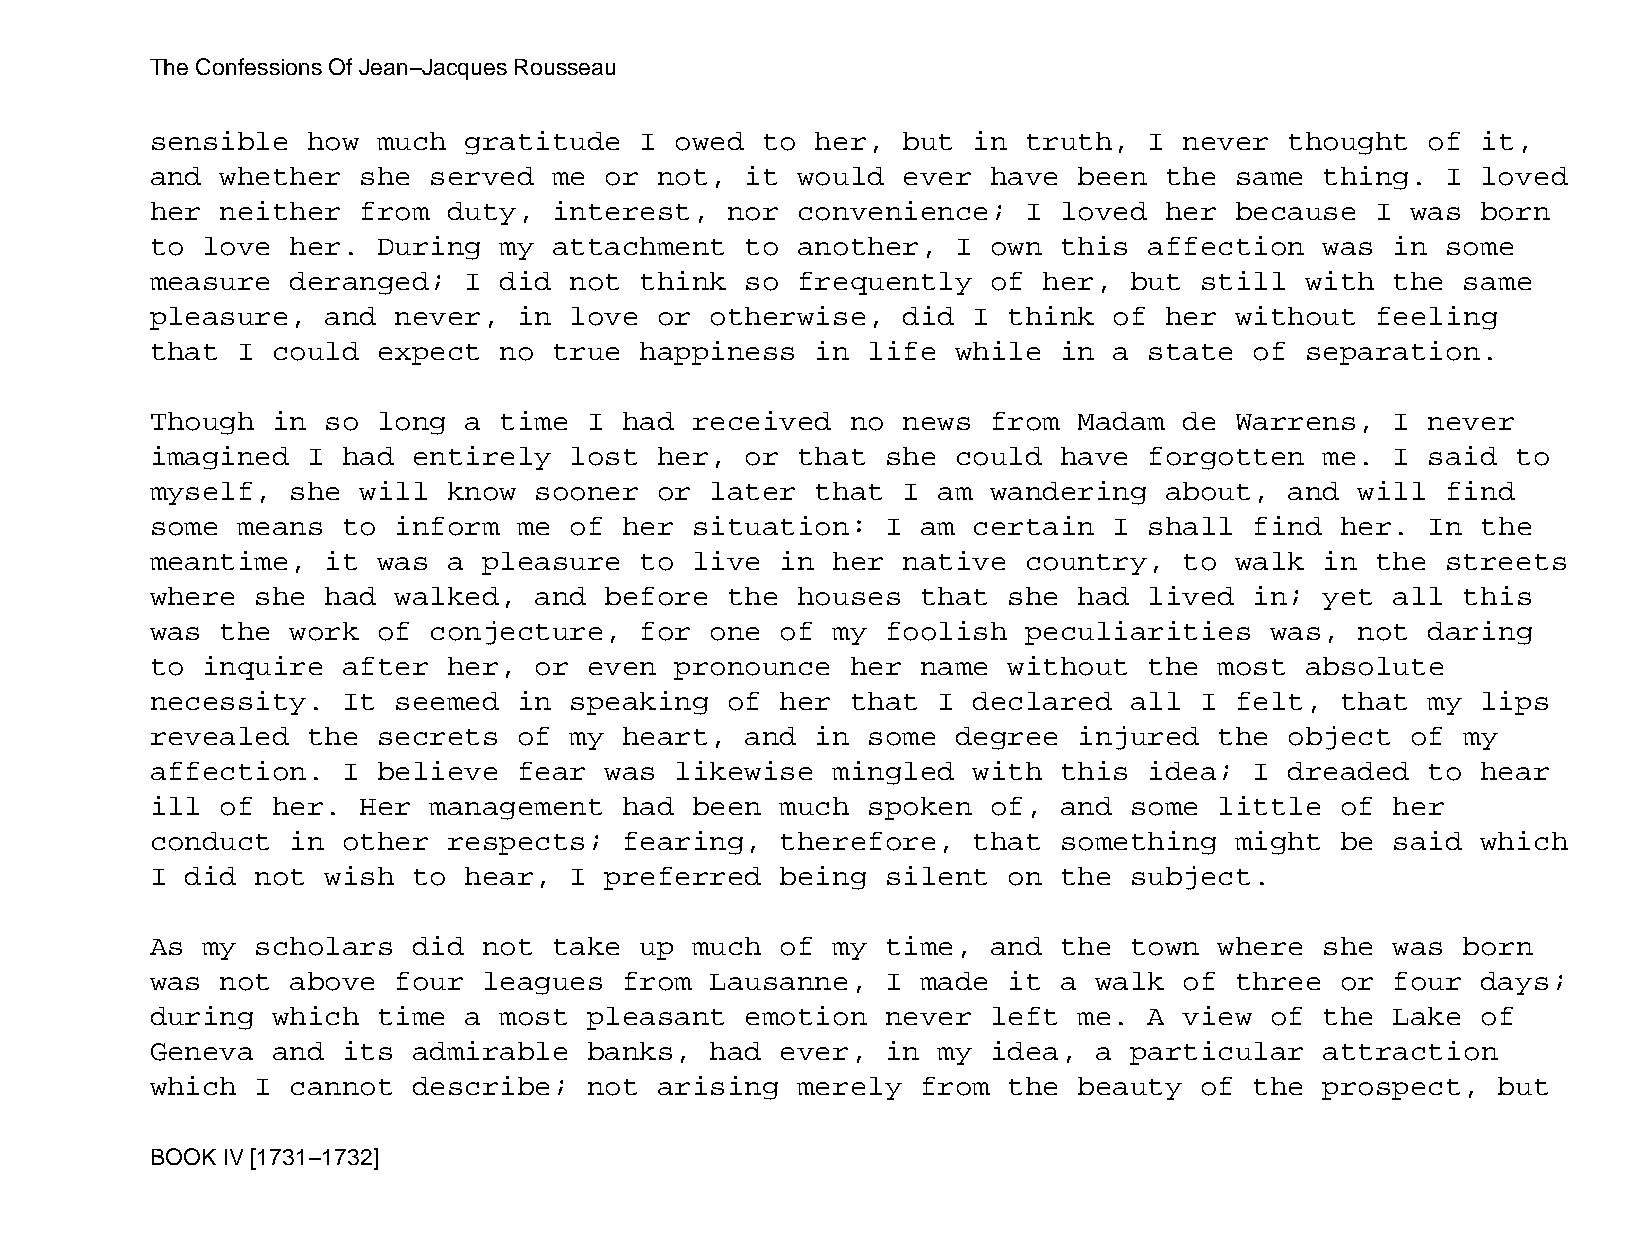
The Confessions Of Jean−Jacques Rousseau
 sensible  how  much  gratitude  I  owed to  her,  but in  truth,  I never  thought   of it,
 and  whether  she served   me or  not, it  would  ever  have been  the  same  thing.  I loved
 her  neither  from  duty,  interest,  nor  convenience;   I loved  her  because  I was  born
 to love  her.  During  my  attachment  to  another,  I  own this  affection   was in  some
 measure  deranged;   I did  not think  so  frequently   of her,  but still  with  the  same
 pleasure,   and never,  in  love  or otherwise,   did I  think  of her  without  feeling
 that  I could  expect  no  true happiness   in life  while  in  a state  of separation.
 Though  in  so long  a time  I had  received  no  news  from Madam  de  Warrens,  I  never
 imagined  I  had entirely   lost  her, or  that  she could  have  forgotten   me. I  said to
 myself,  she  will  know sooner   or later  that  I am  wandering  about,  and  will  find
 some  means  to inform  me  of her  situation:   I am certain   I shall  find  her.  In the
 meantime,   it was  a pleasure  to  live  in her  native  country,  to  walk  in the  streets
 where  she  had walked,  and  before  the  houses  that  she had  lived  in;  yet all  this
 was  the work  of conjecture,   for  one  of my  foolish  peculiarities   was,  not  daring
 to inquire   after  her, or  even  pronounce  her  name  without  the  most absolute
 necessity.   It seemed  in  speaking  of  her that  I declared   all I  felt,  that  my lips
 revealed  the  secrets  of  my heart,  and  in some  degree  injured   the object  of  my
 affection.   I believe  fear  was  likewise  mingled  with  this  idea;  I dreaded   to hear
 ill  of her.  Her management   had  been  much spoken   of, and  some  little  of her
 conduct  in  other  respects;  fearing,   therefore,  that  something   might  be said  which
 I did  not  wish to  hear,  I preferred   being  silent  on the  subject.
 As my  scholars  did  not  take up  much  of my  time,  and the  town  where  she was  born
 was  not above  four  leagues  from  Lausanne,   I made  it a walk  of  three  or four  days;
 during  which  time  a most  pleasant  emotion   never  left me.  A view  of  the Lake  of
 Geneva  and  its admirable   banks,  had  ever,  in my  idea, a  particular   attraction
 which  I cannot  describe;   not  arising  merely  from  the beauty  of  the  prospect,  but
 BOOK IV [1731−1732]